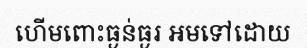
ហើមពោះធ្ងន់ធ្ងរ អមទៅដោយ